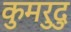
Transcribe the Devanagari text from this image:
कुमरुदु